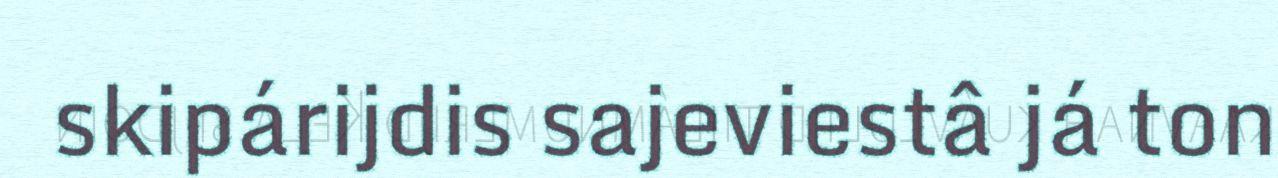
skipárijdis sajeviestâ já ton